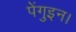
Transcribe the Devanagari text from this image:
पेंगुइन।